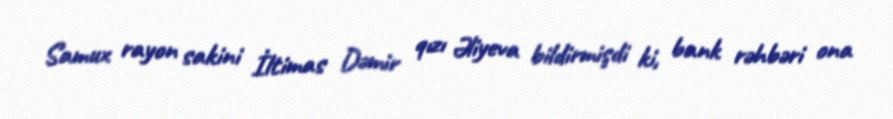
Samux rayon sakini İltimas Dəmir qızı Əliyeva bildirmişdi ki, bank rəhbəri ona